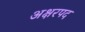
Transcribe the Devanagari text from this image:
अक्षरपद